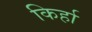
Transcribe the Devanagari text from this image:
किर्हा